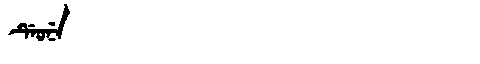
Manchu: ᡩᡝᠣᠨᡝ
Romanization: DEONE